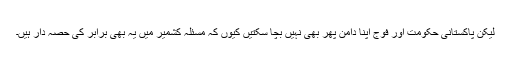
لیکن پاکستانی حکومت اور فوج اپنا دامن پھر بھی نہیں بچا سکتیں کیوں کہ مسئلہ کشمیر میں یہ بھی برابر کی حصہ دار ہیں۔